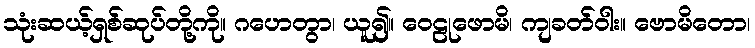
သုံးဆယ့်ရှစ်ဆုပ်တို့ကို။ ဂဟေတွာ၊ ယူ၍။ ဝေဠုဖောမိ၊ ကျခတ်ဝါး။ ဗောမိတော၊